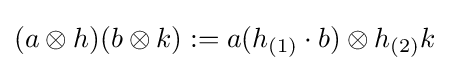
(a\otimes h)(b\otimes k):=a(h_{(1)}\cdot b)\otimes h_{(2)}k